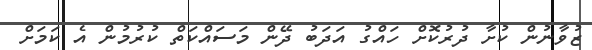
ޒުވާނުން ކުށާ ދުރުކޮށް ހައްގު އަދަބު ދޭން މަސައްކަތް ކުރުމުން އެ ކަމަށް